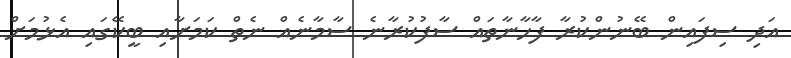
އަދި ސިފައިން ބޭނުންކުރާ ފާހާނާތައް ސާފުކުރާނެ ސާމާނެއް ނެތް ކަމަށާއި ބީކޭގައި އެޅުމަށް